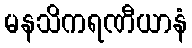
မနသိကရဏီယာနံ